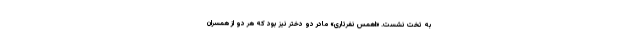
به تخت نشست. «اهمس نفرتاری» مادر دو دختر نیز بود که هر دو از همسران